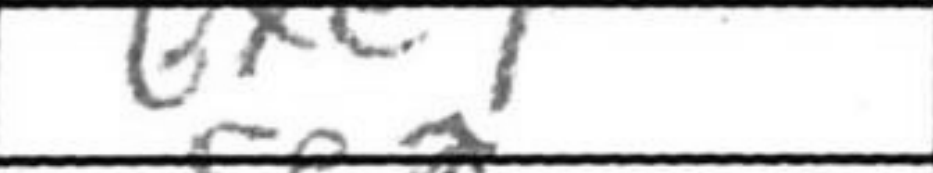
Transcription: Bxe7